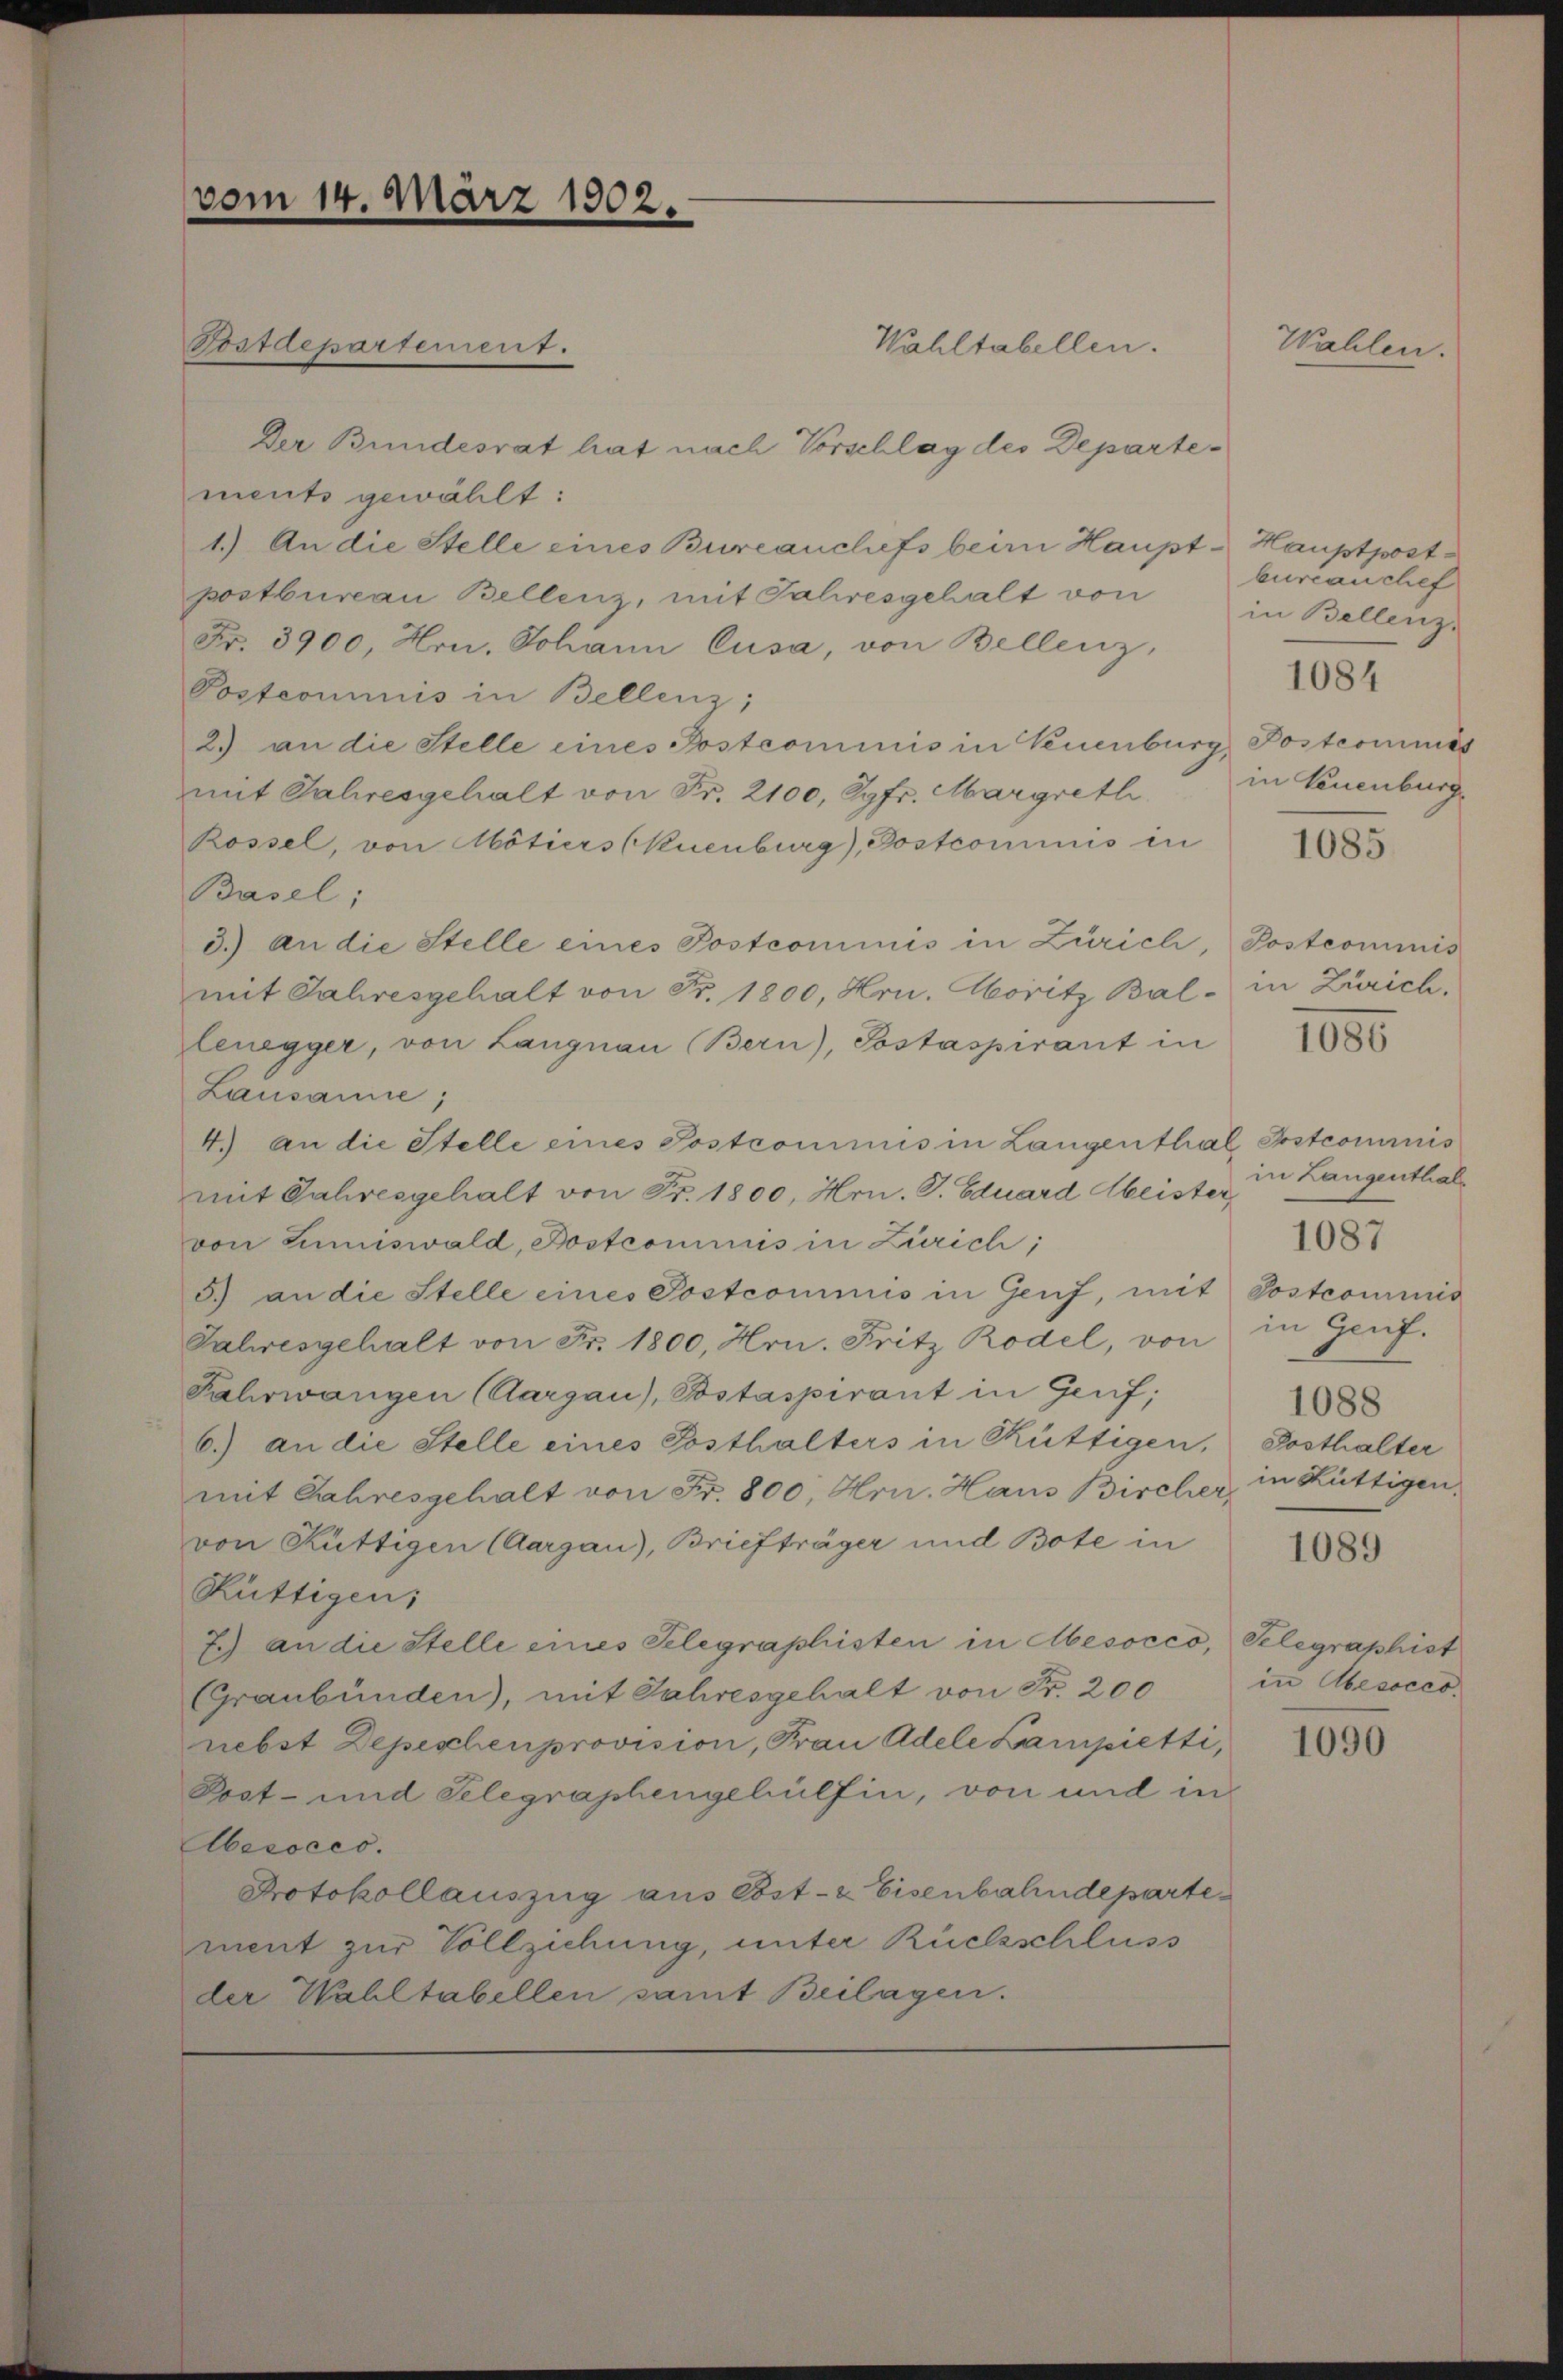
vom 14. März 1902.

Tostdepartement.

Der Bundesrat hat nach Vorschlag des Departements gewählt:
1.) An die Stelle eines Bureauchefs beim Haupt-Hauptpostpostbureau Bellenz, mit Jahresgehalt von
Fr. 3900, Hrn. Johann Cusa, von Bellenz,
Postcommis in Bellenz;
2) an die Stelle eines Postcommis in Neuenburg,
mit Jahresgehalt von Fr. 2100, Jgfr. Margreth
Rossel, von Mötiers (Neuenburg), Postcommis in
Basel;
3.) An die Stelle eines Postcommis in Zürich,
mit Jahresgehalt von Fr. 1800, Hrn. Moritz Bal-
lenegger, von Langnau Bern), Postaspirant in
Lausanne;
4.) An die Stelle eines Postcommnis in Langenthal Erstcominis
mit Jahresgehalt von Fr. 1800, Hrn. J. Eduard beister,
von Lumiswald, Postcommis in Zürich;
5) an die Stelle eines Postcommis in Genf, mit
Jahresgehalt von Fr. 1800, Hrn. Fritz Rodel, von
Fahrwangen (Aargau, Bastaspirant in Genf;
6.) an die Stelle eines Posthalters in Rüttigen,
mit Jahresgehalt von Fr. 800, Hrn. Haus Bircher,
von Rüttigen (Aargau), Briefträger und Bote in
Rüttigen;
7.) an die Stelle eines Telegraphisten in Mesocco,
(Graubünden), mit Jahresgehalt von Fr. 200
nebst Depeschenprovision, Frau Adele Lampietti,
Post- und Telegraphengehülfen, von und in
Abecoces.
Protokollauszug aus Cost- & Eisenbahndepartement zur Vollziehung, unter Rücksschluss
der Wahltabellen samt Beilagen.

Wahltabellen.

Wahlen.

burianchef
in Bellenz,

1084

Postcommis
in Neuenburg

1085

Postcommis
in Zürich.

1000

in Langenthal¬
1087
Sostrominis
in Genf.
1088
Posthalter
in Rüttigen.

1089

Selegraphist
in Abesocco

1090